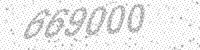
Solution: 669000